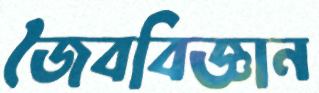
জৈববিজ্ঞান